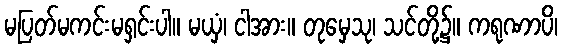
မပြတ်မကင်းမရှင်းပါ။ မယှံ၊ ငါအား။ တုမှေသု၊ သင်တို့၌။ ကရုဏာပိ၊